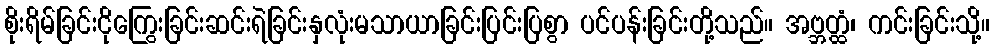
စိုးရိမ်ခြင်းငိုကြွေးခြင်းဆင်းရဲခြင်းနှလုံးမသာယာခြင်းပြင်းပြစွာ ပင်ပန်းခြင်းတို့သည်။ အဗ္ဘတ္ထံ၊ ကင်းခြင်းသို့။